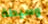
وسيطة